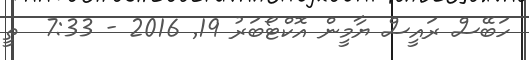
ހަބޭސް ރައީސް ޔާމީން އޮކްޓޯބަރު 19